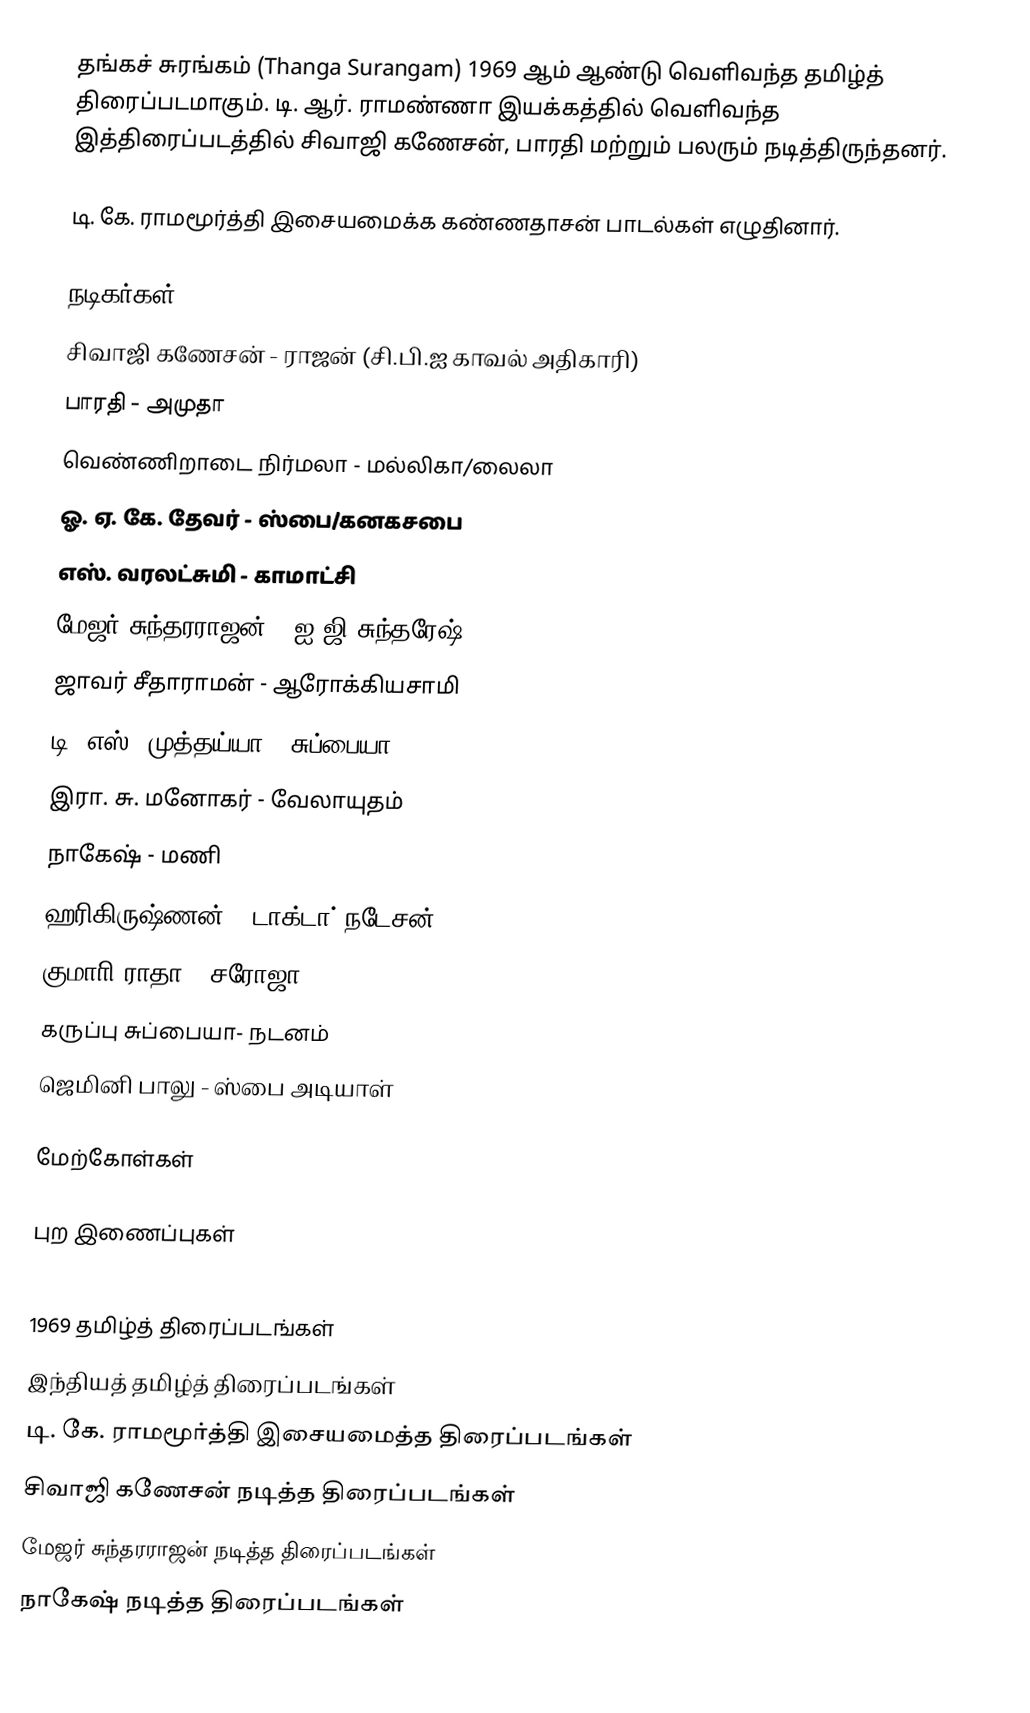
தங்கச் சுரங்கம் (Thanga Surangam) 1969 ஆம் ஆண்டு வெளிவந்த தமிழ்த் திரைப்படமாகும். டி. ஆர். ராமண்ணா இயக்கத்தில் வெளிவந்த இத்திரைப்படத்தில் சிவாஜி கணேசன், பாரதி மற்றும் பலரும் நடித்திருந்தனர்.

டி. கே. ராமமூர்த்தி இசையமைக்க கண்ணதாசன் பாடல்கள் எழுதினார்.

நடிகர்கள்
சிவாஜி கணேசன் - ராஜன் (சி.பி.ஐ காவல் அதிகாரி)
பாரதி - அமுதா
வெண்ணிறாடை நிர்மலா - மல்லிகா/லைலா
ஓ. ஏ. கே. தேவர் - ஸ்பை/கனகசபை
எஸ். வரலட்சுமி - காமாட்சி
மேஜர் சுந்தரராஜன் - ஐ.ஜி சுந்தரேஷ்
ஜாவர் சீதாராமன் - ஆரோக்கியசாமி
டி. எஸ். முத்தய்யா - சுப்பையா
இரா. சு. மனோகர் - வேலாயுதம்
நாகேஷ் - மணி
ஹரிகிருஷ்ணன் -  டாக்டா் நடேசன்
குமாாி ராதா -  சரோஜா
கருப்பு சுப்பையா- நடனம்
ஜெமினி பாலு - ஸ்பை அடியாள்

மேற்கோள்கள்

புற இணைப்புகள்

1969 தமிழ்த் திரைப்படங்கள்
இந்தியத் தமிழ்த் திரைப்படங்கள்
டி. கே. ராமமூர்த்தி இசையமைத்த திரைப்படங்கள்
சிவாஜி கணேசன் நடித்த திரைப்படங்கள்
மேஜர் சுந்தரராஜன் நடித்த திரைப்படங்கள்
நாகேஷ் நடித்த திரைப்படங்கள்